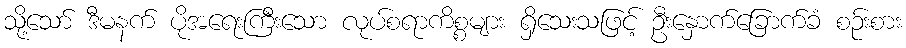
သို့သော် ဒီမနက် ပိုအရေးကြီးသော လုပ်စရာကိစ္စများ ရှိသေးသဖြင့် ဦးနှောက်ခြောက်ခံ စဉ်းစား